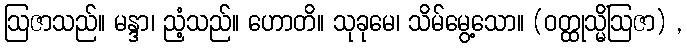
ဩဇာသည်။ မန္ဒာ၊ ညံ့သည်။ ဟောတိ။ သုခုမေ၊ သိမ်မွေ့သော။ (ဝတ္ထုသ္မိံဩဇာ) ,